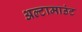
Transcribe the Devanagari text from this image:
अल्टामाउंट